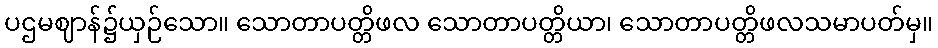
ပဌမဈာန်၌ယှဉ်သော။ သောတာပတ္တိဖလ သောတာပတ္တိယာ၊ သောတာပတ္တိဖလသမာပတ်မှ။